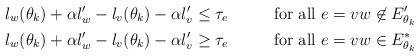
\begin{align*} \l_w(\theta_k)+\alpha \l'_w-\l_v(\theta_k)-\alpha \l'_v & \leq \tau_e & & \mbox{ for all } e=vw \not\in E'_{\theta_k} \quad\quad\quad \\\l_w(\theta_k)+\alpha \l'_w-\l_v(\theta_k)-\alpha \l'_v & \geq \tau_e & & \mbox{ for all } e=vw \in E^*_{\theta_k}\end{align*}